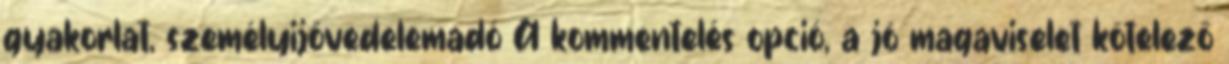
gyakorlat, személyijövedelemadó A kommentelés opció, a jó magaviselet kötelező